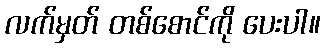
လက်မှတ် တစ်စောင်ကို ပေးပါ။